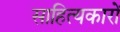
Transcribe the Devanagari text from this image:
साहित्‍यकारों